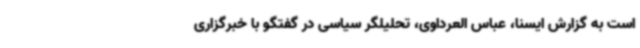
است به گزارش ایسنا، عباس العرداوی، تحلیلگر سیاسی در گفتگو با خبرگزاری